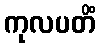
ကုလပတိံ